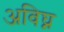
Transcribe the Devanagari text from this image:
अविघ्न